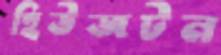
হিউজটন